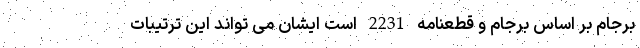
برجام بر اساس برجام و قطعنامه 2231 است ایشان می تواند این ترتیبات